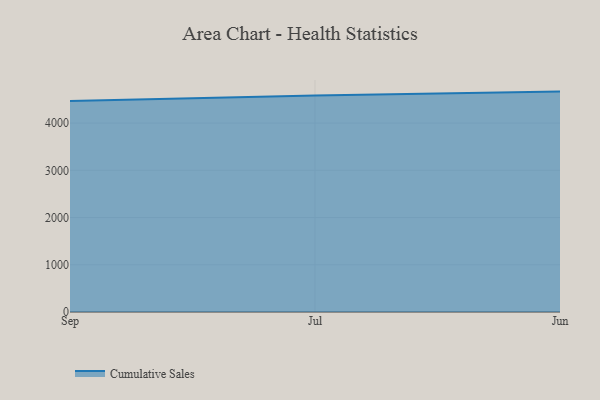
{"axis": {"x": "Month", "y": "Customer Acquisition Cost (USD)"}, "legend": ["Cumulative Sales"], "data": [{"x": "Sep", "y": 4468.7, "type": "Cumulative Sales"}, {"x": "Jul", "y": 4585.2, "type": "Cumulative Sales"}, {"x": "Jun", "y": 4666.2, "type": "Cumulative Sales"}]}